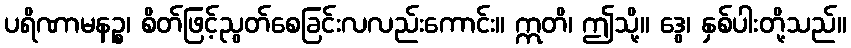
ပရိဏာမနဉ္စ၊ စိတ်ဖြင့်ညွတ်စေခြင်းလလည်းကောင်း။ ဣတိ၊ ဤသို့။ ဒွေ၊ နှစ်ပါးတို့သည်။